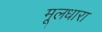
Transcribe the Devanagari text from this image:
मूलधारा